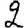
Digit: 2